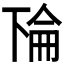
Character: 𫠳